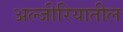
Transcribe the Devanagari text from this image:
अल्जीरियातील